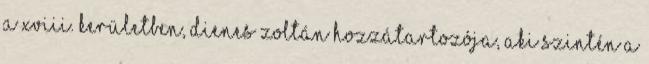
a XVIII. kerületben, Dienes Zoltán hozzátartozója, aki szintén a